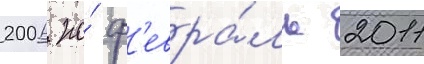
2006 по́ ф'евра́ль 2011